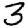
Digit: 3